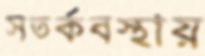
সতর্কবস্থায়